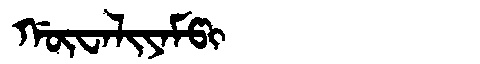
Manchu: ᡤᡡᠸᠠᠯᡳᠶᠠᠮᡦᡳ
Romanization: GŪWALIYAMPI